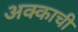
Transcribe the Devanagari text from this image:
अक्काची